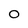
Character: O